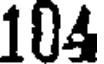
104